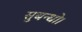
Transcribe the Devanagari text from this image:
सुबन्‍धो।